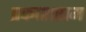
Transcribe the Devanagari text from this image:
प्रकाशराम